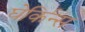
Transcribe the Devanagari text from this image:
घेर्किन्स